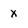
Character: x